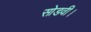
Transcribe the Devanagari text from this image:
सोडवी।